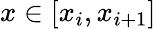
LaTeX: x\in[x_{i},x_{i+1}]